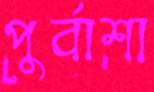
পুর্বাশা